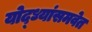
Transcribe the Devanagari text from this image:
योद्ध्यांसमवेत